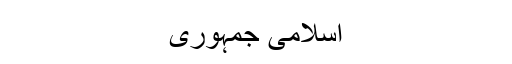
اسلامی جمہوری